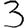
Digit: 3